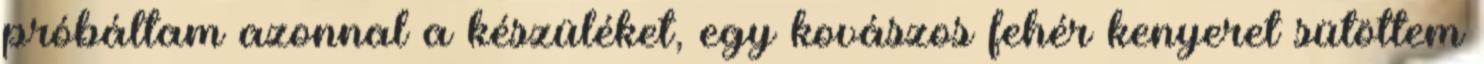
próbáltam azonnal a készüléket, egy kovászos fehér kenyeret sütöttem